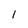
Character: I